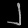
Digit: ၂